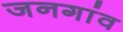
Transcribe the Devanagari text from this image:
जनगांव